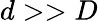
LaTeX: d>>D